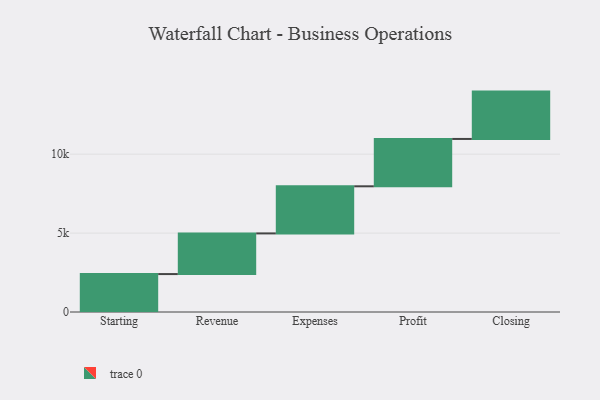
{"axis": {"x": "Step", "y": "Value"}, "legend": [""], "data": [{"x": "Starting", "y": 2403.0, "type": ""}, {"x": "Revenue", "y": 2576.0, "type": ""}, {"x": "Expenses", "y": 2985.0, "type": ""}, {"x": "Profit", "y": 3000, "type": ""}, {"x": "Closing", "y": 3000, "type": ""}]}